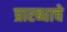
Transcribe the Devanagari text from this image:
प्रारब्धाचे